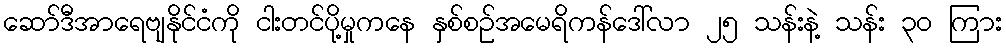
ဆော်ဒီအာရေဗျနိုင်ငံကို ငါးတင်ပို့မှုကနေ နှစ်စဉ်အမေရိကန်ဒေါ်လာ ၂၅ သန်းနဲ့ သန်း ၃ဝ ကြား